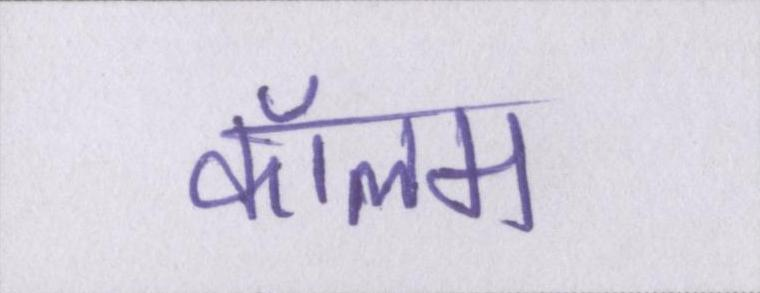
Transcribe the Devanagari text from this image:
कॉलम